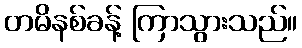
တမိနစ်ခန့် ကြာသွားသည်။